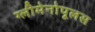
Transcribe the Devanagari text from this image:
ग्लीमेनोपूलस